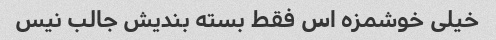
خیلی خوشمزه اس فقط بسته بندیش جالب نیس